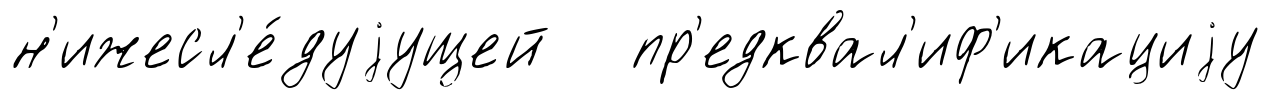
н'ижесл'е́дуjущей пр'едквал'иф'икациjу